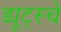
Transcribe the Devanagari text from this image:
ड्यूट्स्चे